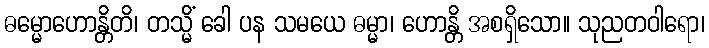
ဓမ္မောဟောန္တိတိ၊ တသ္မိံ ခေါ ပန သမယေ ဓမ္မာ၊ ဟောန္တိ အစရှိသော။ သုညတဝါရော၊